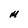
Character: M